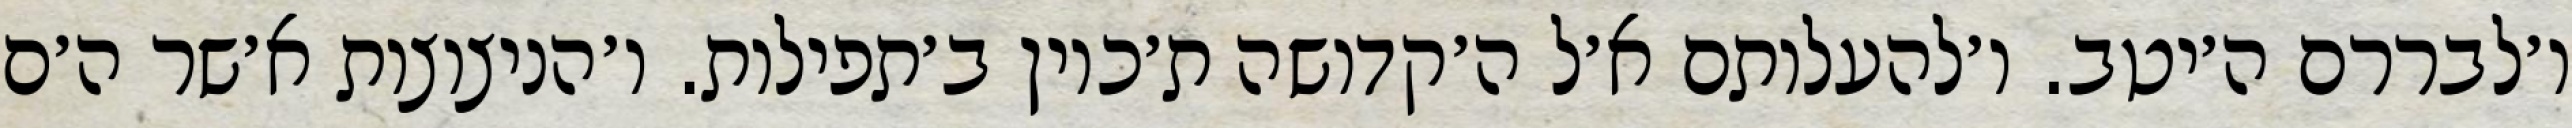
ו׳לבררם ה׳יטב. ו׳להעלותם א׳ל ה׳קדושה ת׳כוין ב׳תפילות. ו׳הניצוצות א׳שר ה׳ם